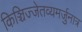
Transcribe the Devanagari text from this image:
किञ्चिज्जेतव्यमर्जुनात्र